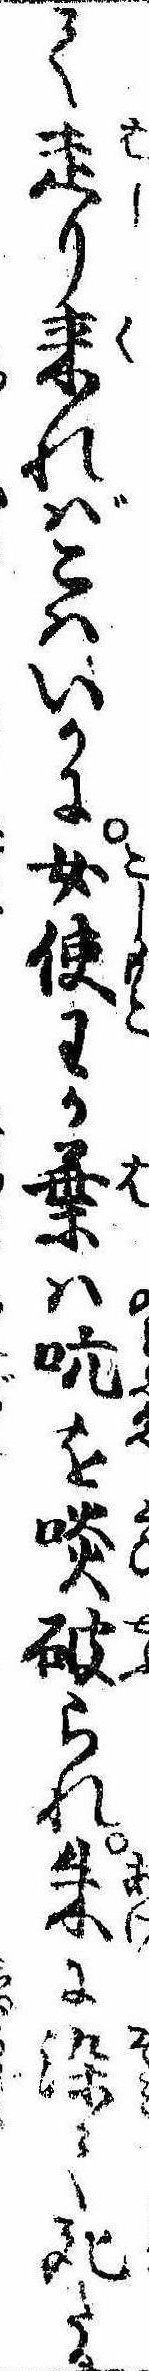
て走り来ればこはいかに女使わか葉は吭を啖破られ朱に染て死たる